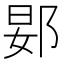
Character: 𬪀